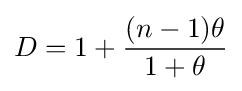
D=1+{\frac {(n-1)\theta }{1+\theta }}